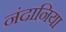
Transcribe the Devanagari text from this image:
नंदानिया